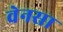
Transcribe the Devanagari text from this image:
वेनसा